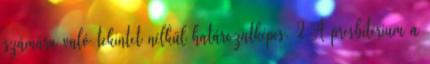
számára való tekintet nélkül határozatképes. 2 A presbitérium a